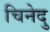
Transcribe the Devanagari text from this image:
चिनेदु